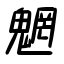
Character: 魍